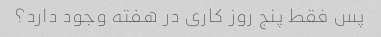
پس فقط پنج روز کاری در هفته وجود دارد؟